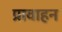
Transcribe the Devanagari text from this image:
प्रावाहन